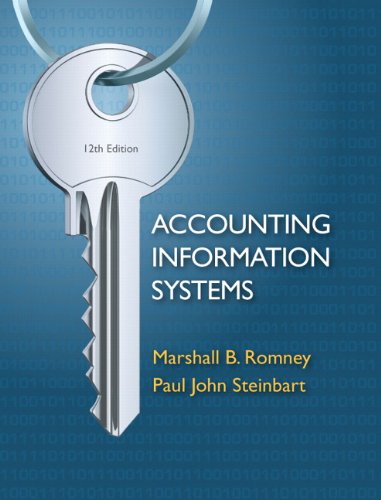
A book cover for Accounting Information Systems, 12th Edition; Marshall B. Romney; Computers & Technology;